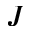
J